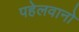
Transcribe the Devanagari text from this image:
पहेलवानो